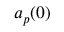
a _ { p } ( 0 )